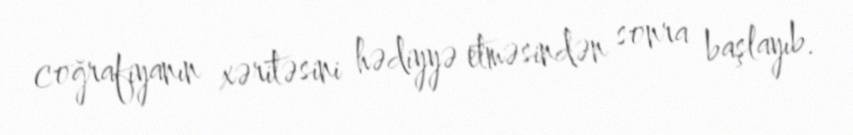
coğrafiyanın xəritəsini hədiyyə etməsindən sonra başlayıb.